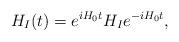
LaTeX: \begin{align*}H_I(t)=e^{iH_0t} H_I e^{-i H_0 t},\end{align*}